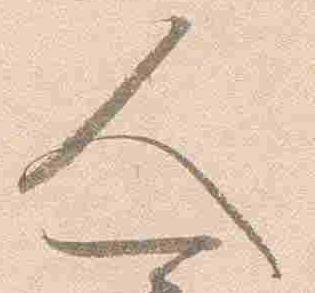
人